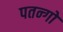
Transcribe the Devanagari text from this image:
पतन्‍गों